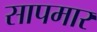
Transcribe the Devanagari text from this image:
सापमार